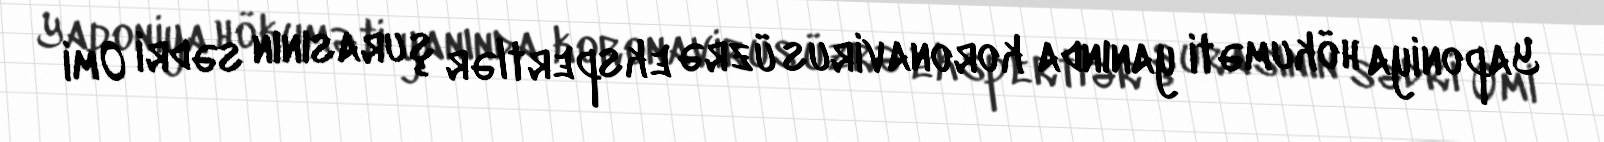
Yaponiya hökuməti yanında koronavirus üzrə ekspertlər şurasının sədri Omi